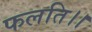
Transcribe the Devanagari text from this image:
फलति।।